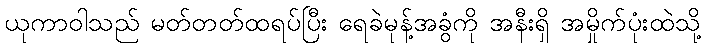
ယုကာဝါသည် မတ်တတ်ထရပ်ပြီး ရေခဲမုန့်အခွံကို အနီးရှိ အမှိုက်ပုံးထဲသို့